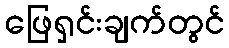
ဖြေရှင်းချက်တွင်